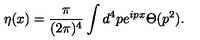
\eta ( x ) = { \frac { \pi } { ( 2 \pi ) ^ { 4 } } } \int d ^ { 4 } p e ^ { i p x } \Theta ( p ^ { 2 } ) . \nonumber